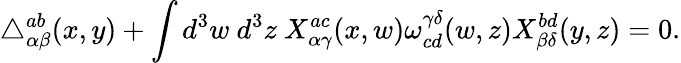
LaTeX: \triangle_{\alpha\beta}^{ab}(x,y)+\int d^{3}w~d^{3}z~X_{\alpha\gamma}^{ac}(x,w)\omega_{cd}^{\gamma\delta}(w,z)X_{\beta\delta}^{bd}(y,z)=0.